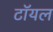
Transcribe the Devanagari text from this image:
टॉयल